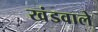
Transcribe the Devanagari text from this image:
खंडवाले